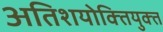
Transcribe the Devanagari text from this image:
अतिशयोक्‍तियुक्‍त